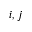
i , j